Report of the Municipal Commissioner on the plague in Bombay for the year ending 31st May... - Volume 2
Disease focus: Plague
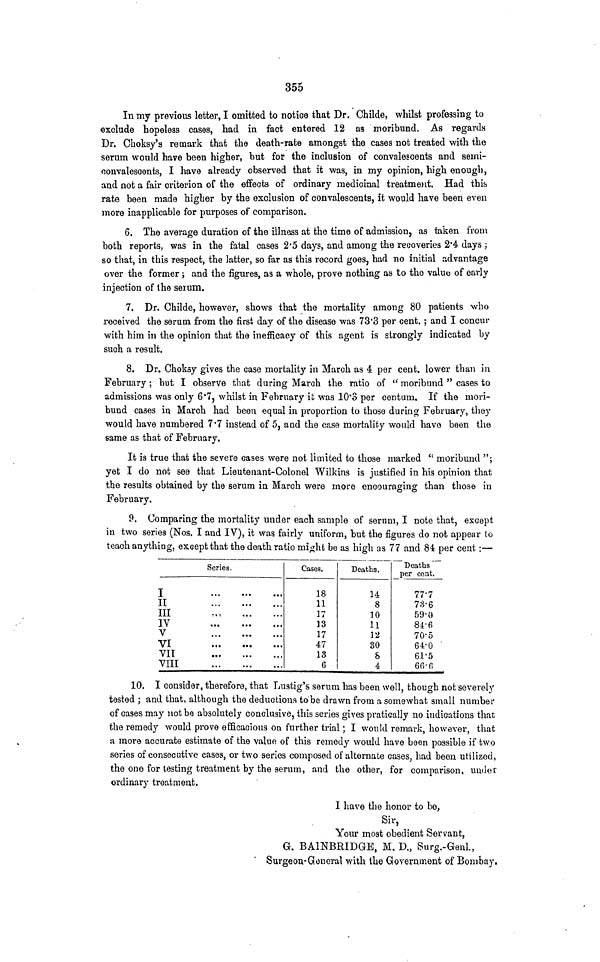
355
In my previous letter, I omitted to notice that Dr. Childe, whilst professing to
exclude hopeless cases, had in fact entered 12 as moribund. As regards
Dr. Choksy's remark that the death-rate amongst the cases not treated with the
serum would have been higher, but for the inclusion of convalescents and semi-
oonvalescents, I have already observed that it was, in my opinion, high enough,
and not a fair criterion of the effects of ordinary medicinal treatment. Had this
rate been made higher by the exclusion of convalescents, it would have been even
more inapplicable for purposes of comparison.
6. The average duration of the illness at the time of admission, as taken from
both reports, was in the fatal cases 2.5 days, and among the recoveries 2.4 days ;
so that, in this respect, the latter, so far as this record goes, had no initial advantage
over the former ; and the figures, as a whole, prove nothing as to the value of early
injection of the serum.
7. Dr. Childe, however, shows that the mortality among 80 patients who
received the serum from the first day of the disease was 73.3 per cent. ; and I concur
with him in the opinion that the inefficacy of this agent is strongly indicated by
such a result.
8. Dr. Choksy gives the case mortality in March as 4 per cent. lower than in
February: but I observe that during March the ratio of "moribund " cases to
admissions was only 6.7, whilst in February it was 10.3 per centum. If the mori-
bund cases in March had been equal in proportion to those during February, they
would have numbered 7.7 instead of 5, and the case mortality would have been the
same as that of February.
It is true that the severe cases were not limited to those marked " moribund ";
yet I do not see that Lieutenant-Colonel Wilkins is justified in his opinion that
the results obtained by the serum in March were more encouraging than those in
February.
9. Comparing the mortality under each sample of serum, I note that, except
in two series (Nos. I and IV), it was fairly uniform, but the figures do not appear to
teach anything, except that the death ratio might be as high as 77 and 84 per cent :—
Series.
I
II
III
IV
V
VI
VII
VIII
Cases.
18
11
17
13
17
47
13
6
Deaths.
14
8
10
11
12
30
8
4
Deaths
per cent.
77.7
73.6
59.0
84.6
70.5
64.0
61.5
66.6
10. I consider, therefore, that Lustig's serum has been well, though not severely
tested ; and that, although the deductions tobe drawn from a somewhat small number
of cases may not be absolutely conclusive, this series gives pratically no indications that
the remedy would prove efficacious on further trial ; I would remark, however, that
a more accurate estimate of the value of this remedy would have been possible if two
series of consecutive cases, or two series composed of alternate cases, had been utilized,
the one for testing treatment by the serum, and the other, for comparison, under
ordinary treatment.
I have the honor to be,
Sir,
Your most obedient Servant,
G. BAINBRIDGE, M. D., Surg.-Genl.,
Surgeon-General with the Government of Bombay.